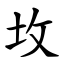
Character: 坆